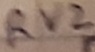
Text: RV2